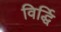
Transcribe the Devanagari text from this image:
विर्द्धि